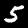
Label: 5